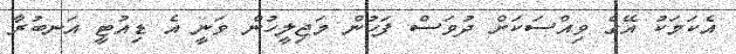
އެކަމަކު އޭގެ ވިއްސަކަށް ދުވަސް ފަހުން މަޖިލީހުން ވަނީ އެ ޑިއުޓީ އަނބުރާ